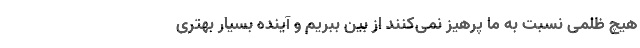
هیچ ظلمی نسبت به ما پرهیز نمی‌كنند از بین ببریم و آینده بسیار بهتری